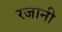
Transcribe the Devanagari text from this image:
रजानी